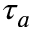
\tau _ { a }